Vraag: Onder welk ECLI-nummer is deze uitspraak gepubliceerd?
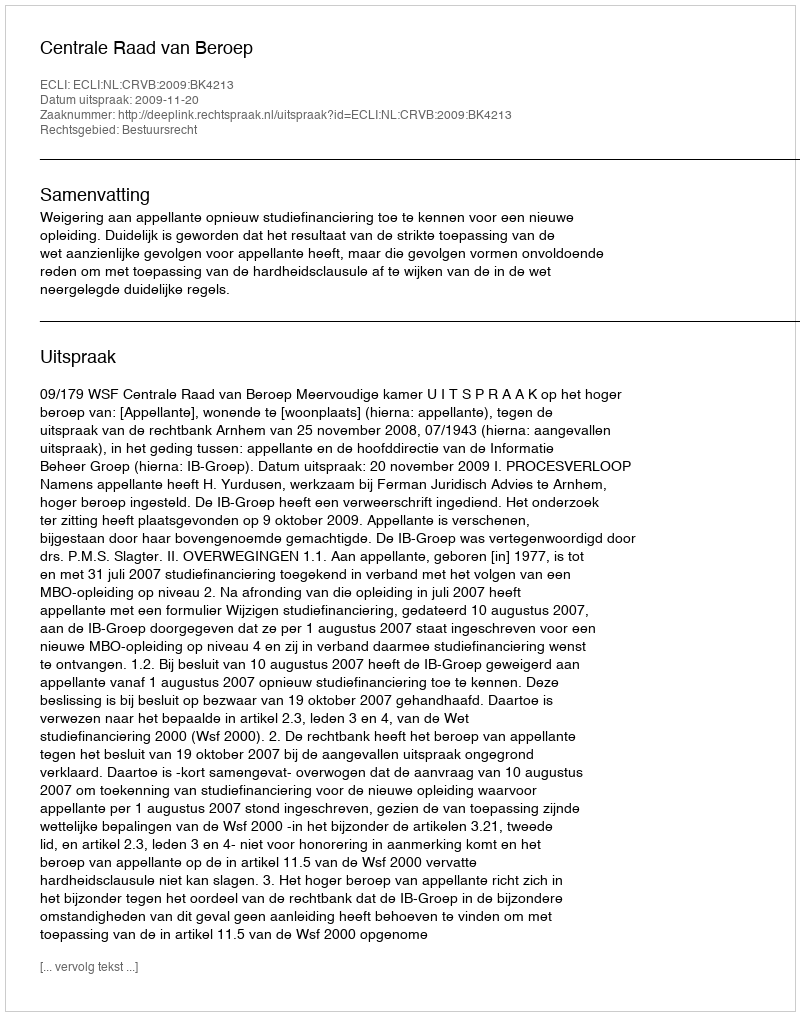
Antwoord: ECLI:NL:CRVB:2009:BK4213